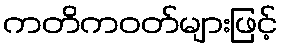
ကတိကဝတ်များဖြင့်